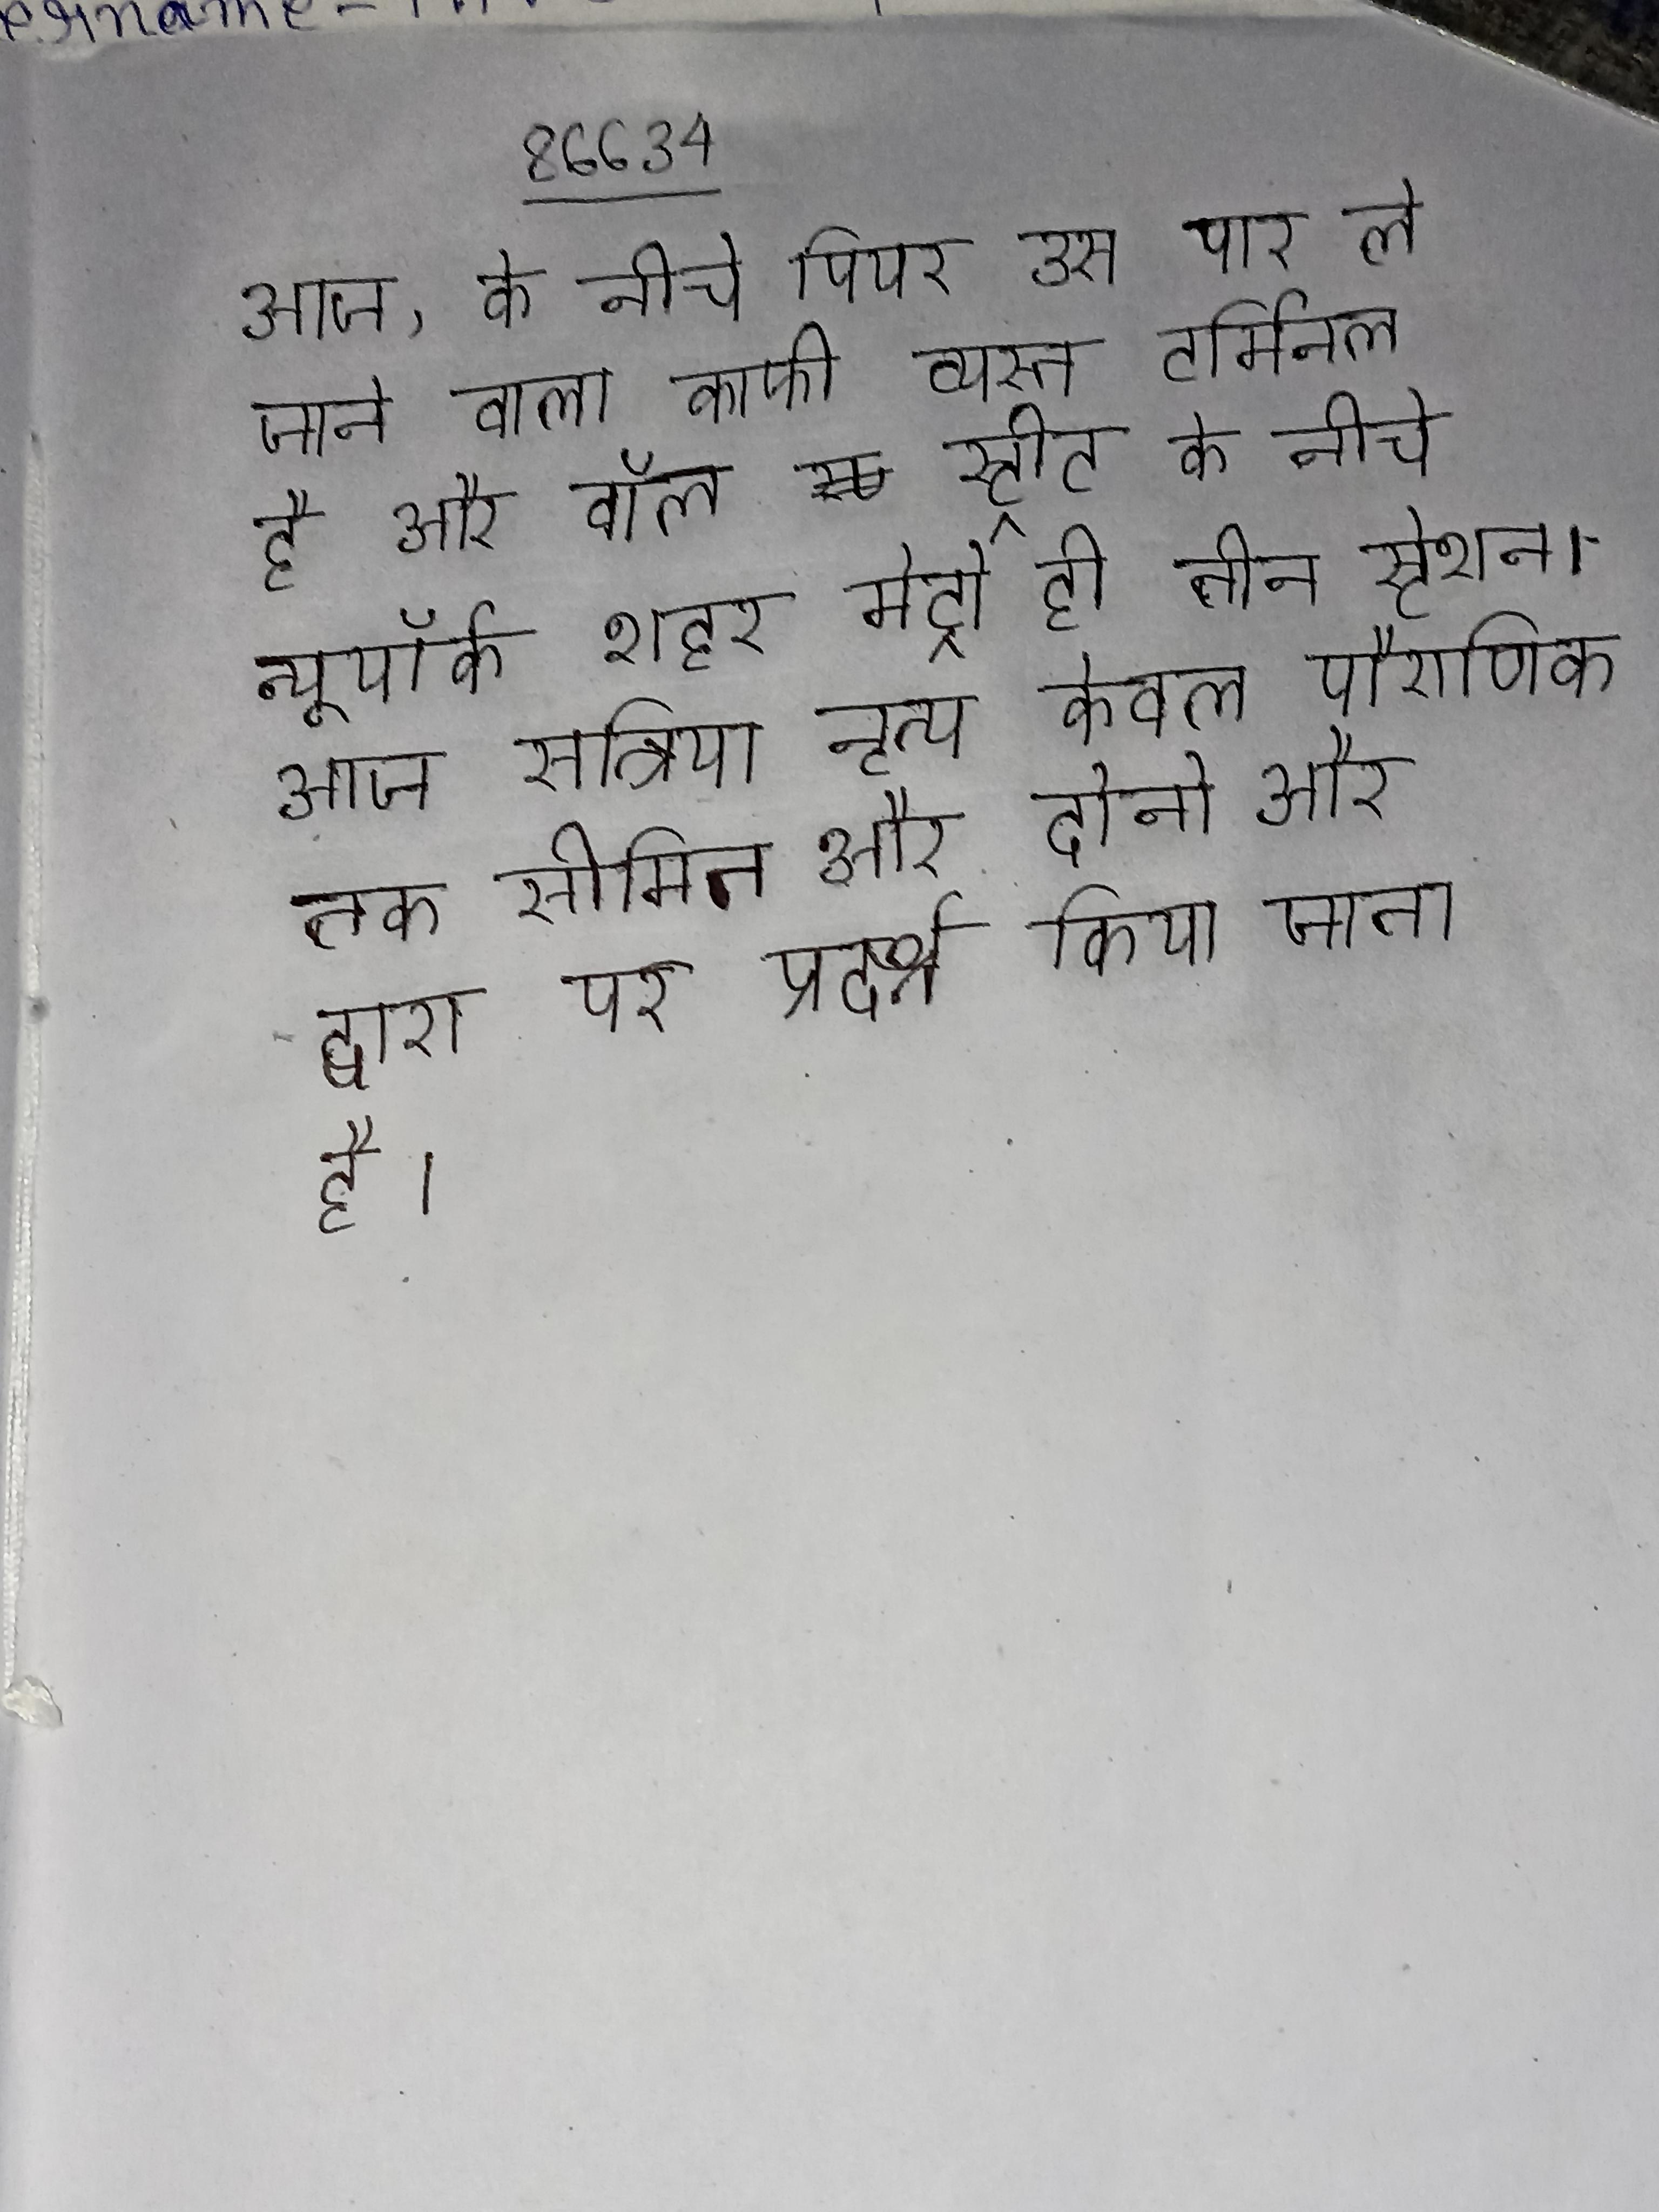
आज, के नीचे पियर उस पार ले जाने वाला काफी व्यस्त टर्मिनल है और वॉल स्ट्रीट के नीचे न्यूयॉर्क शहर मेट्रो ही तीन स्टेशन । आज सत्त्रिया नृत्य केवल पौराणिक तक सीमित और दोनो और द्वारा पर प्रदर्श्न किया जाता है ।